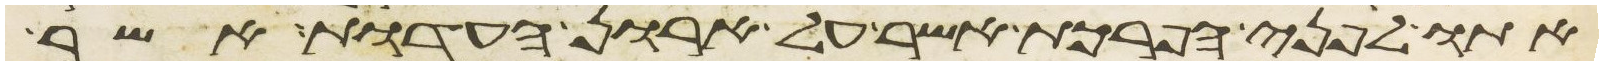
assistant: אתו לפני הפרכת אשר על ארון העדות אשר